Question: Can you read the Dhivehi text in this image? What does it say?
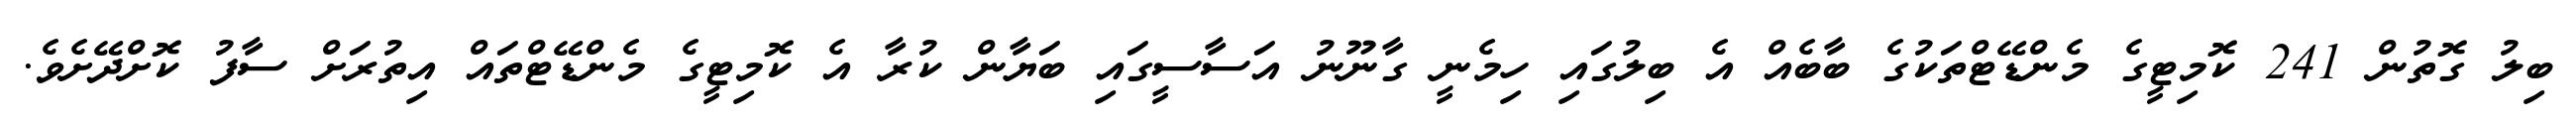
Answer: ބިލު ގޮތުން 241 ކޮމިޓީގެ މެންޑޭޓްތަކުގެ ބާބެއް އެ ބިލުގައި ހިމެނީ ގާނޫނު އަސާސީގައި ބަޔާން ކުރާ އެ ކޮމިޓީގެ މެންޑޭޓްތައް އިތުރަށް ސާފު ކޮށްދޭށެވެ.